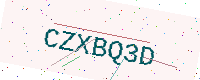
Text: CZXBQ3D